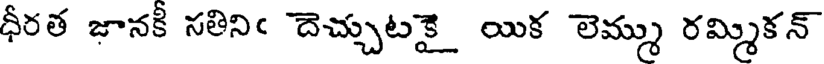
ధీరత జానకీ సతినిఁ దెచ్చుటకై యిక లెమ్ము రమ్మికన్